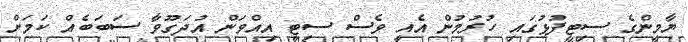
ޔާމީންގެ ސިޓީފުޅުގައި ހުރުމުން އެއީ ވެސް ސިޓީ އިއްވަން އުދަގޫވާ ސަބަބެއް ކަމަށް